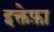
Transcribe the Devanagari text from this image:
इक्तेफ़ा